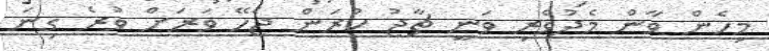
މިހެން ވާން މެދުވެރި ވަނީ ޗާޖު ކުރަން ޖެހޭ ވަރަށް ވުރެ ގިނަ